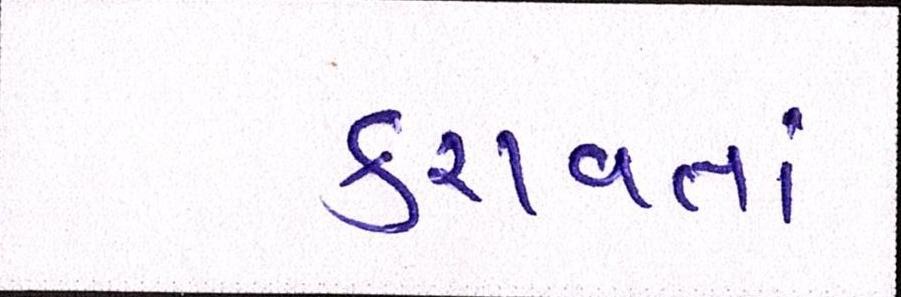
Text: કરાવતાં